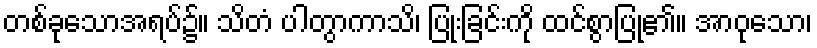
တစ်ခုသောအရပ်၌။ သိတံ ပါတွာကာသိ၊ ပြုံးခြင်းကို ထင်စွာပြု၏။ အာဝုသော၊